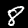
Digit: 8